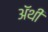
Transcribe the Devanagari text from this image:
अॅथी